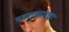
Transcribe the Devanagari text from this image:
पडद्यामागचा